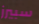
سبيرز